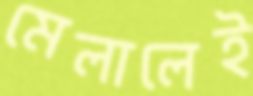
মেলালেই